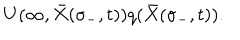
U ( \infty , { \bar { X } } ( \sigma _ { - } , t ) ) q ( { \bar { X } } ( \sigma _ { - } , t ) ) .